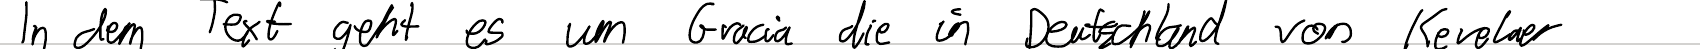
In dem Text geht es um Gracia die in Deutschland von Kevelaer